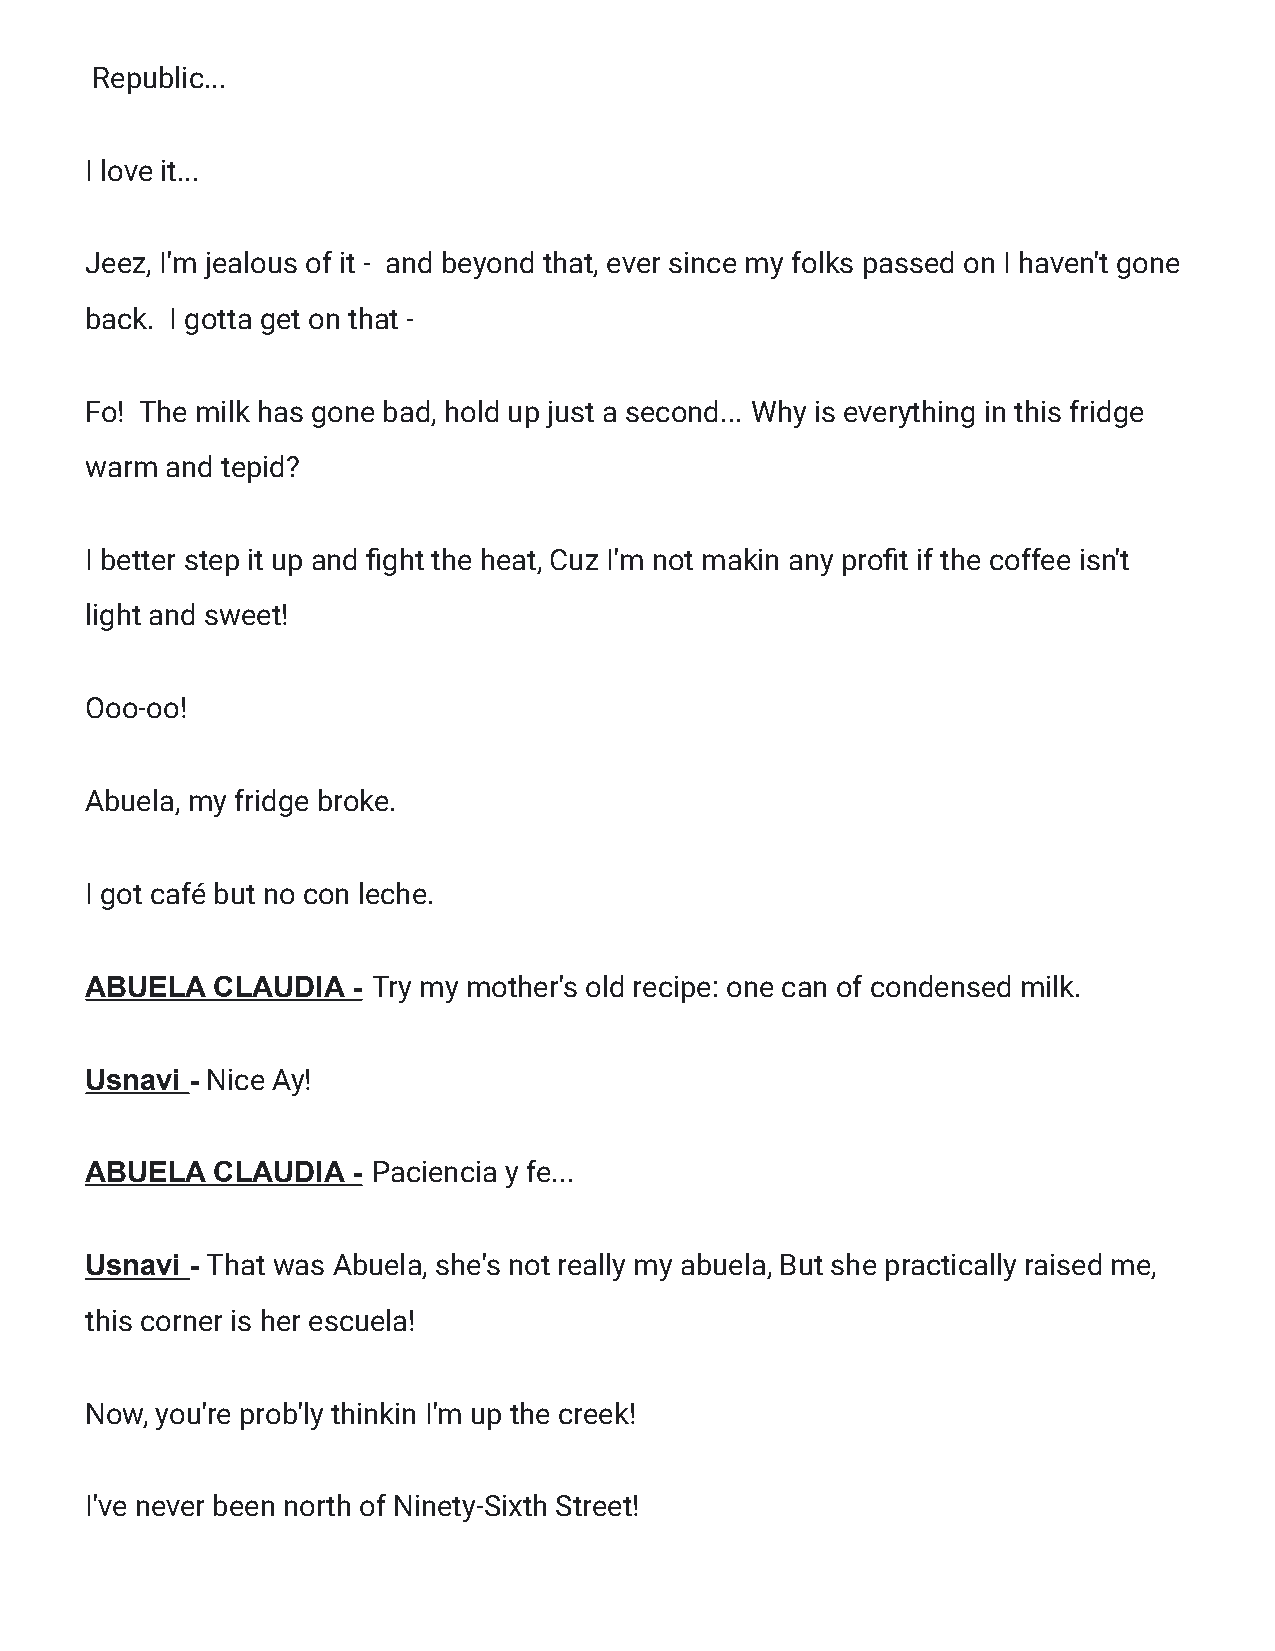
Republic...
 I love it...
 Jeez, I'm jealous of it - and beyond that, ever since my folks passed on I haven't gone
 back. I gotta get on that -
 Fo! The milk has gone bad, hold up just a second... Why is everything in this fridge
 warm and tepid?
 I better step it up and fight the heat, Cuz I'm not makin any profit if the coffee isn't
 light and sweet!
 Ooo-oo!
 Abuela, my fridge broke.
 I got café but no con leche.
 ABUELA  CLAUDIA  - Try my mother's old recipe: one can of condensed milk.
 Usnavi - Nice Ay!
 ABUELA  CLAUDIA  - Paciencia y fe...
 Usnavi - That was Abuela, she's not really my abuela, But she practically raised me,
 this corner is her escuela!
 Now, you're prob'ly thinkin I'm up the creek!
 I've never been north of Ninety-Sixth Street!